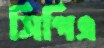
সিপিএ